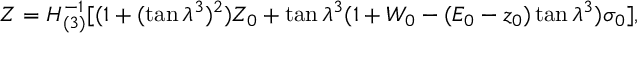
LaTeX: Z = H _ { ( 3 ) } ^ { - 1 } [ ( 1 + ( \tan \lambda ^ { 3 } ) ^ { 2 } ) Z _ { 0 } + \tan \lambda ^ { 3 } ( 1 + W _ { 0 } - ( E _ { 0 } - z _ { 0 } ) \tan \lambda ^ { 3 } ) \sigma _ { 0 } ] ,